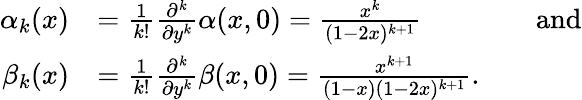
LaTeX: \begin{array}{rlrl}{\alpha_{k}(x)}&{=\frac{1}{k!}\frac{\partial^{k}}{\partial y^{k}}\alpha(x,0)=\frac{x^{k}}{(1-2x)^{k+1}}}&&{\mathrm{and}}\\ {\beta_{k}(x)}&{=\frac{1}{k!}\frac{\partial^{k}}{\partial y^{k}}\beta(x,0)=\frac{x^{k+1}}{(1-x)(1-2x)^{k+1}}\mathrm{.}}\end{array}